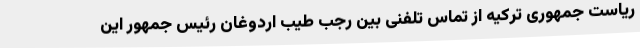
ریاست جمهوری ترکیه از تماس تلفنی بین رجب طیب اردوغان رئیس جمهور این